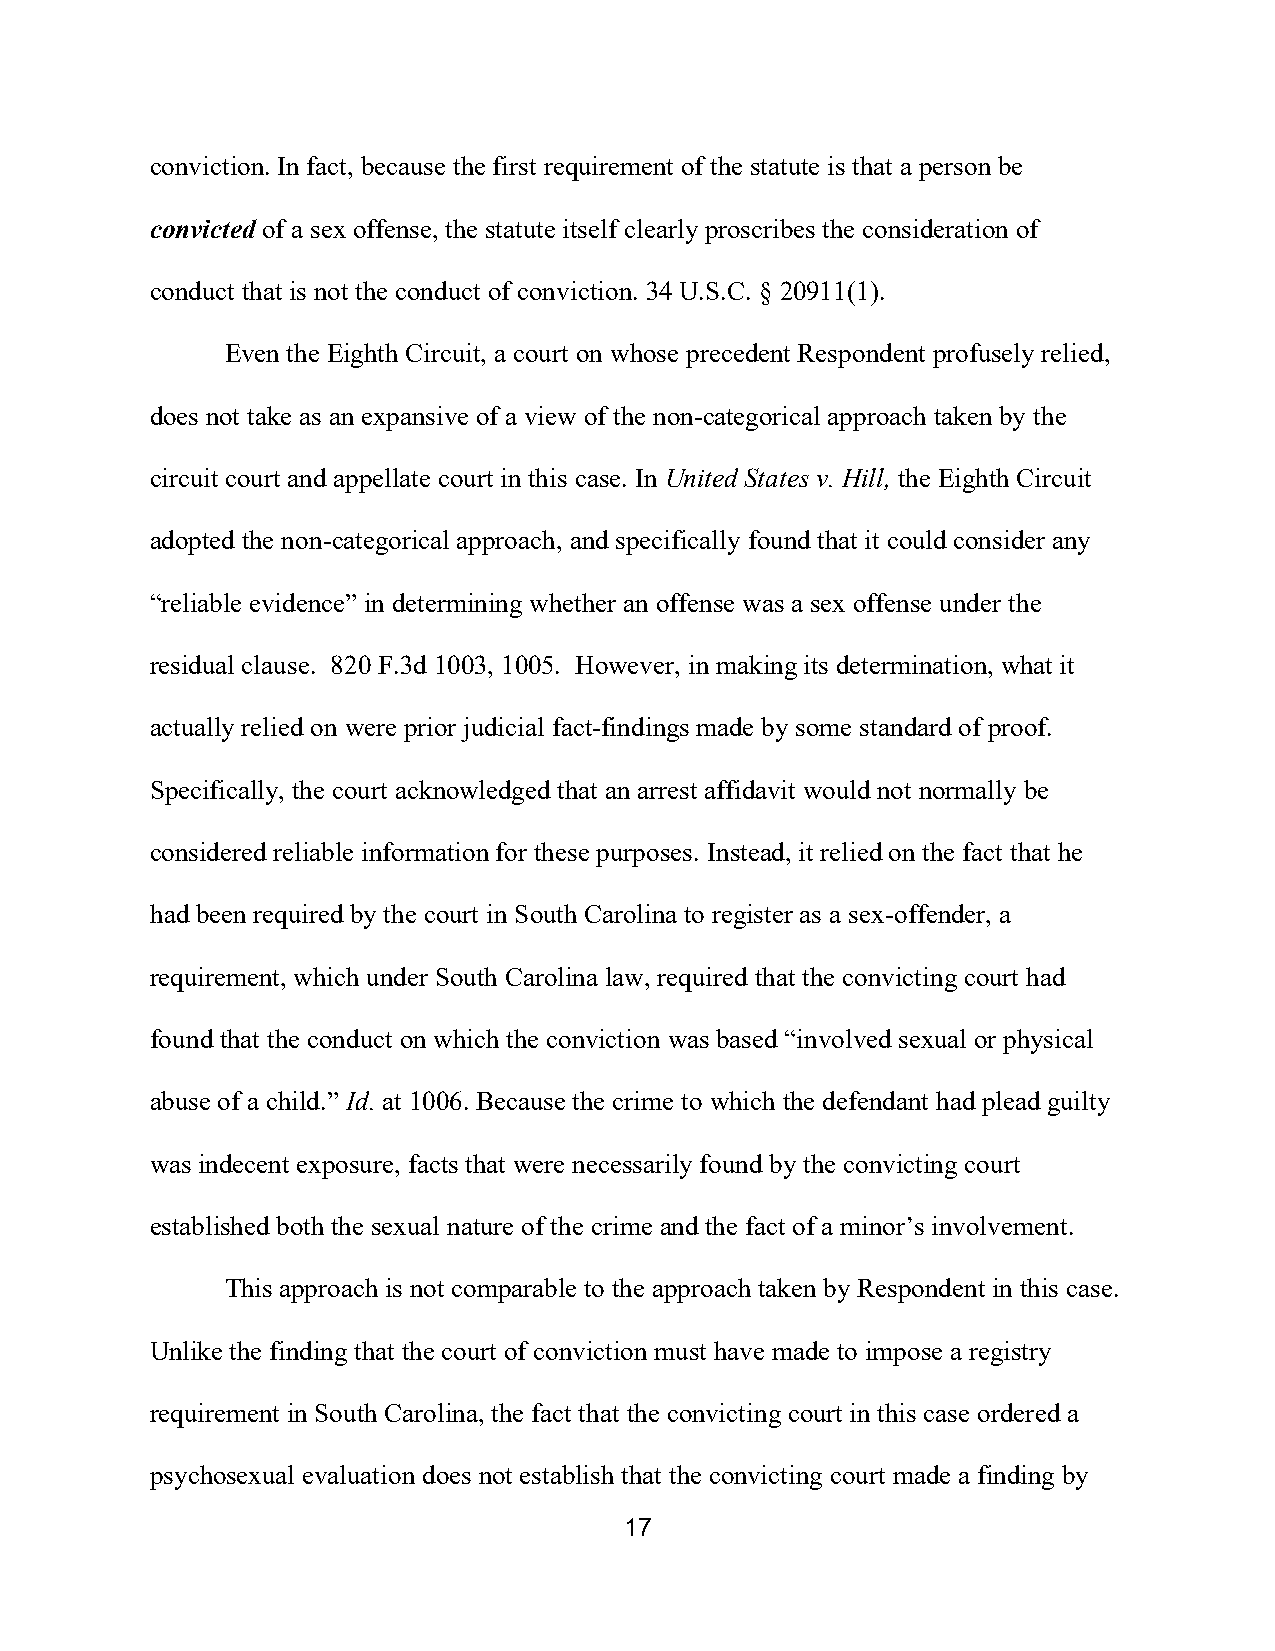
conviction. In fact, because the first requirement of the statute is that a person be
 convicted of a sex offense, the statute itself clearly proscribes the consideration of
 conduct that is not the conduct of conviction. 34 U.S.C. § 20911(1).
 Even the Eighth Circuit, a court on whose precedent Respondent profusely relied,
 does not take as an expansive of a view of the non-categorical approach taken by the
 circuit court and appellate court in this case. In United States v. Hill, the Eighth Circuit
 adopted the non-categorical approach, and specifically found that it could consider any
 “reliable evidence” in determining whether an offense was a sex offense under the
 residual clause. 820 F.3d 1003, 1005. However, in making its determination, what it
 actually relied on were prior judicial fact-findings made by some standard of proof.
 Specifically, the court acknowledged that an arrest affidavit would not normally be
 considered reliable information for these purposes. Instead, it relied on the fact that he
 had been required by the court in South Carolina to register as a sex-offender, a
 requirement, which under South Carolina law, required that the convicting court had
 found that the conduct on which the conviction was based “involved sexual or physical
 abuse of a child.” Id. at 1006. Because the crime to which the defendant had plead guilty
 was indecent exposure, facts that were necessarily found by the convicting court
 established both the sexual nature of the crime and the fact of a minor’s involvement.
 This approach is not comparable to the approach taken by Respondent in this case.
 Unlike the finding that the court of conviction must have made to impose a registry
 requirement in South Carolina, the fact that the convicting court in this case ordered a
 psychosexual evaluation does not establish that the convicting court made a finding by
 17